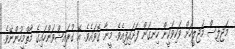
މަޖިލިސް މަޖިލީހަށް ވަކިވަކީން ހިނގަން ފަށައިފިއެވެ. މީނާ ގޮވައެވެ. އޭ ގުރައިޝްވަންހައިގެ މާތްމީހުންނޭވެ.